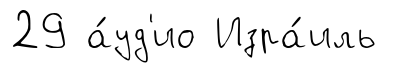
29 а́уд'ио Изра́иль